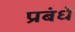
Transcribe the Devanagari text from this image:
प्रबंधे